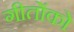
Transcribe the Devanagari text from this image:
गीतोंको